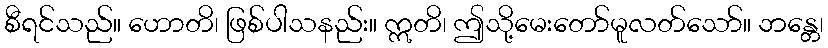
စီရင်သည်။ ဟောတိ၊ ဖြစ်ပါသနည်း။ ဣတိ၊ ဤသို့မေးတော်မူလတ်သော်။ ဘန္တေ၊